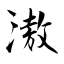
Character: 滶